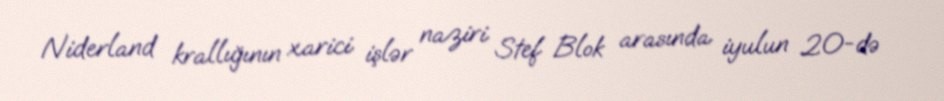
Niderland krallığının xarici işlər naziri Stef Blok arasında iyulun 20-də